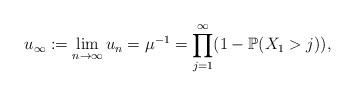
LaTeX: \begin{align*}u_\infty:= \lim_{n \to \infty} u_n = \mu^{-1} = \prod_{j=1}^\infty (1 - \mathbb{P}(X_1 >j) ),\end{align*}